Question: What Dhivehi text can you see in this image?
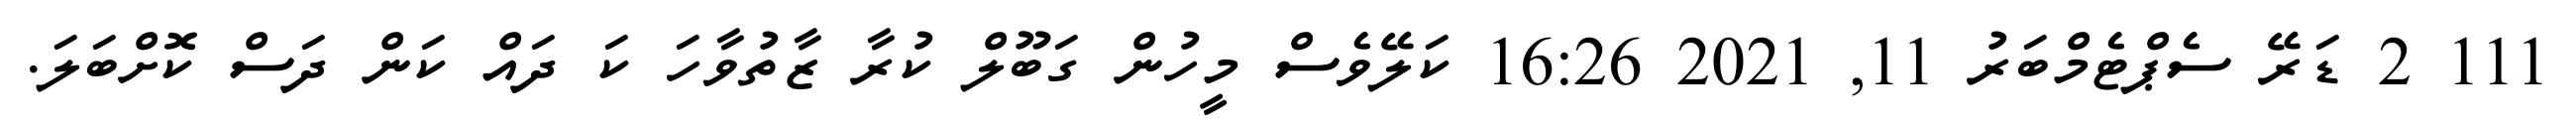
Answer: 111 2 ޑަރޭ ސެޕްޓެމްބަރު 11, 2021 16:26 ކަލޭވެސް މީހުން ގަބޫލް ކުރާ ޒާތުވާހަ ކަ ދައް ކަން ދަސް ކޮށްބަލަ.